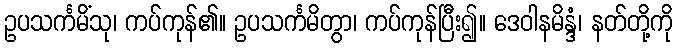
ဥပသင်္ကမိံသု၊ ကပ်ကုန်၏။ ဥပသင်္ကမိတွာ၊ ကပ်ကုန်ပြီး၍။ ဒေဝါနမိန္ဒံ၊ နတ်တို့ကို